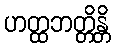
ဟတ္ထဘတ္တိန္တိ